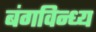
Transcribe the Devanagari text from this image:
बंगविन्ध्य